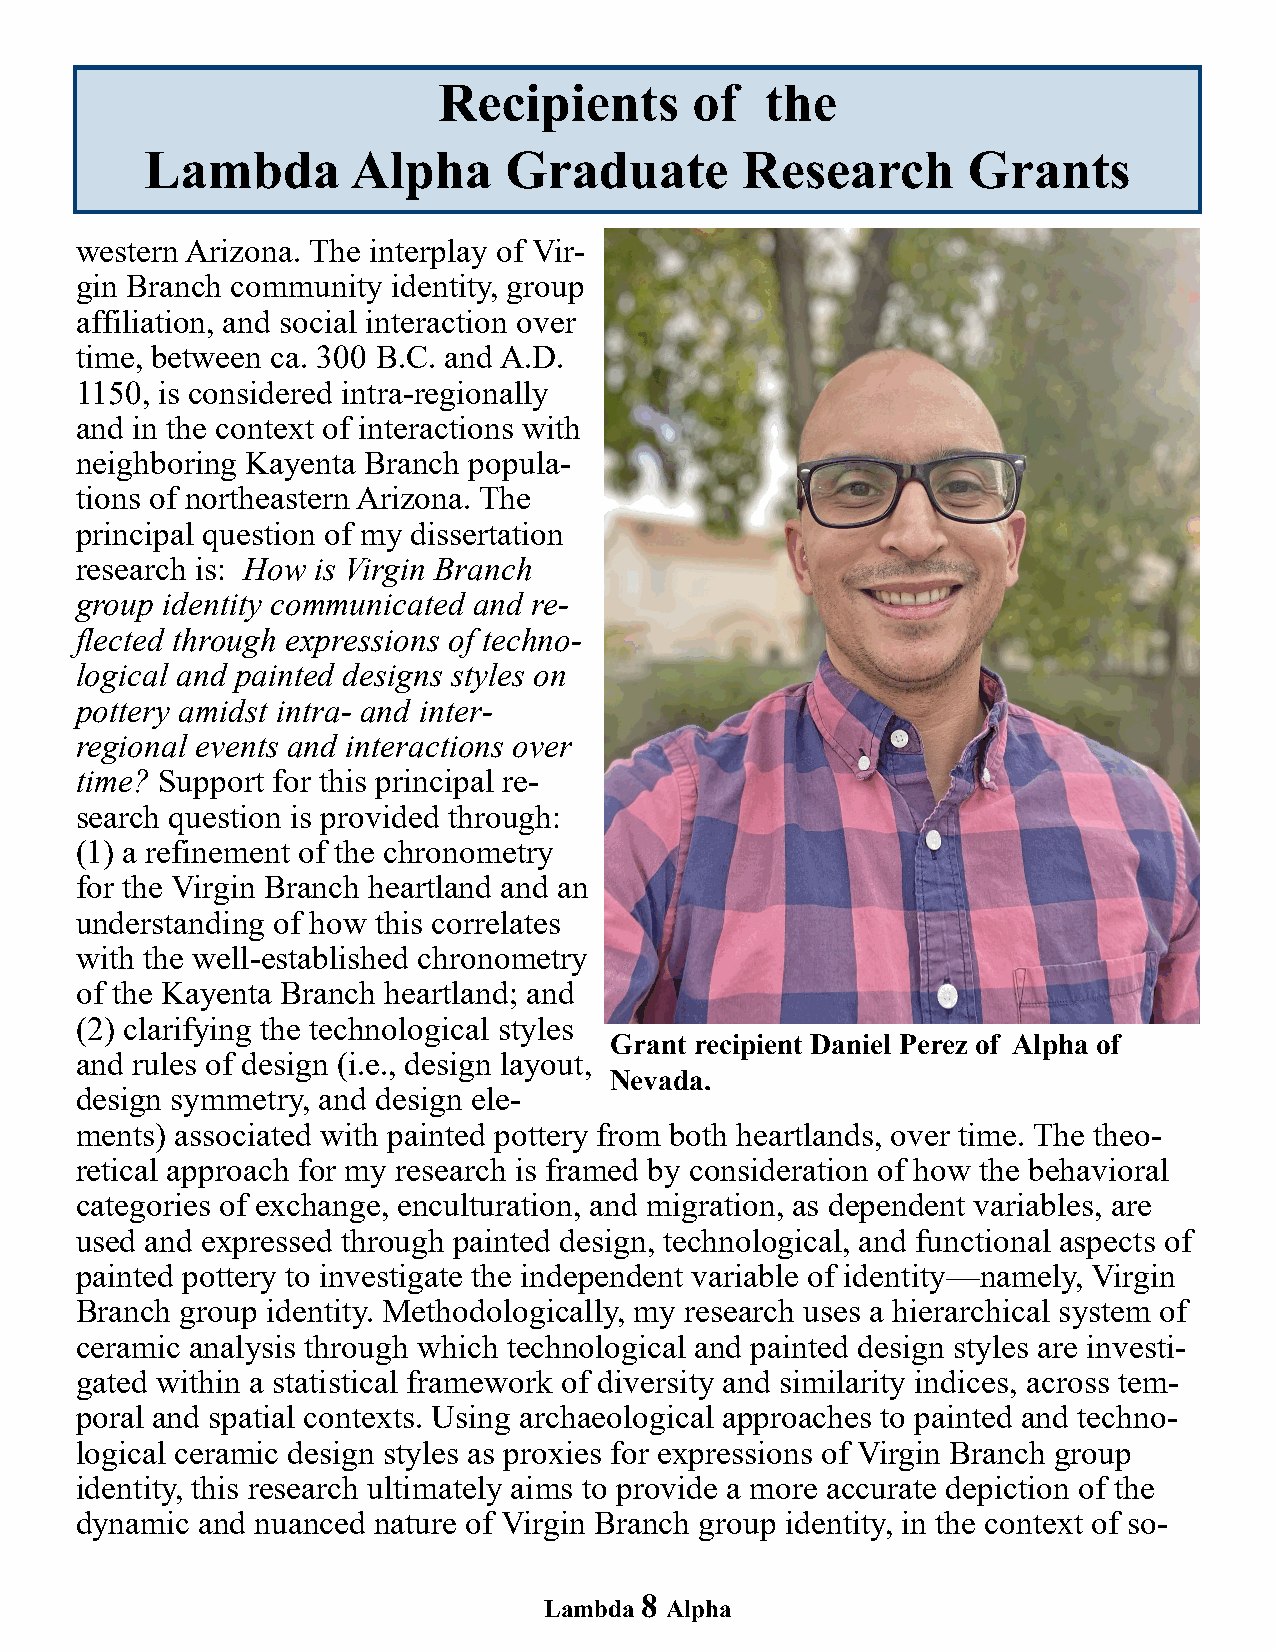
Recipients       of   the
 Lambda       Alpha     Graduate        Research       Grants
 western Arizona. The interplay of Vir-
 gin Branch community identity, group
 affiliation, and social interaction over
 time, between ca. 300 B.C. and A.D.
 1150, is considered intra-regionally
 and in the context of interactions with
 neighboring Kayenta Branch popula-
 tions of northeastern Arizona. The
 principal question of my dissertation
 research is: How is Virgin Branch
 group identity communicated and re-
 flected through expressions of techno-
 logical and painted designs styles on
 pottery amidst intra- and inter-
 regional events and interactions over
 time? Support for this principal re-
 search question is provided through:
 (1) a refinement of the chronometry
 for the Virgin Branch heartland and an
 understanding of how this correlates
 with the well-established chronometry
 of the Kayenta Branch heartland; and
 (2) clarifying the technological styles
 Grant recipient Daniel Perez of Alpha of
 and rules of design (i.e., design layout,
 Nevada.
 design symmetry, and design ele-
 ments) associated with painted pottery from both heartlands, over time. The theo-
 retical approach for my research is framed by consideration of how the behavioral
 categories of exchange, enculturation, and migration, as dependent variables, are
 used and expressed through painted design, technological, and functional aspects of
 painted pottery to investigate the independent variable of identity—namely, Virgin
 Branch group identity. Methodologically, my research uses a hierarchical system of
 ceramic analysis through which technological and painted design styles are investi-
 gated within a statistical framework of diversity and similarity indices, across tem-
 poral and spatial contexts. Using archaeological approaches to painted and techno-
 logical ceramic design styles as proxies for expressions of Virgin Branch group
 identity, this research ultimately aims to provide a more accurate depiction of the
 dynamic and nuanced nature of Virgin Branch group identity, in the context of so-
 8
 Lambda  Alpha